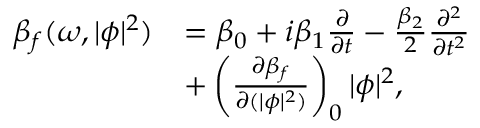
\begin{array} { r l } { \beta _ { f } ( \omega , | \phi | ^ { 2 } ) } & { = \beta _ { 0 } + i \beta _ { 1 } \frac { \partial } { \partial t } - \frac { \beta _ { 2 } } { 2 } \frac { \partial ^ { 2 } } { \partial t ^ { 2 } } } \\ & { + \left( \frac { \partial \beta _ { f } } { \partial ( | \phi | ^ { 2 } ) } \right) _ { 0 } | \phi | ^ { 2 } , } \end{array}